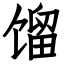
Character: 馏